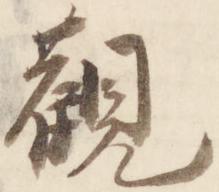
観